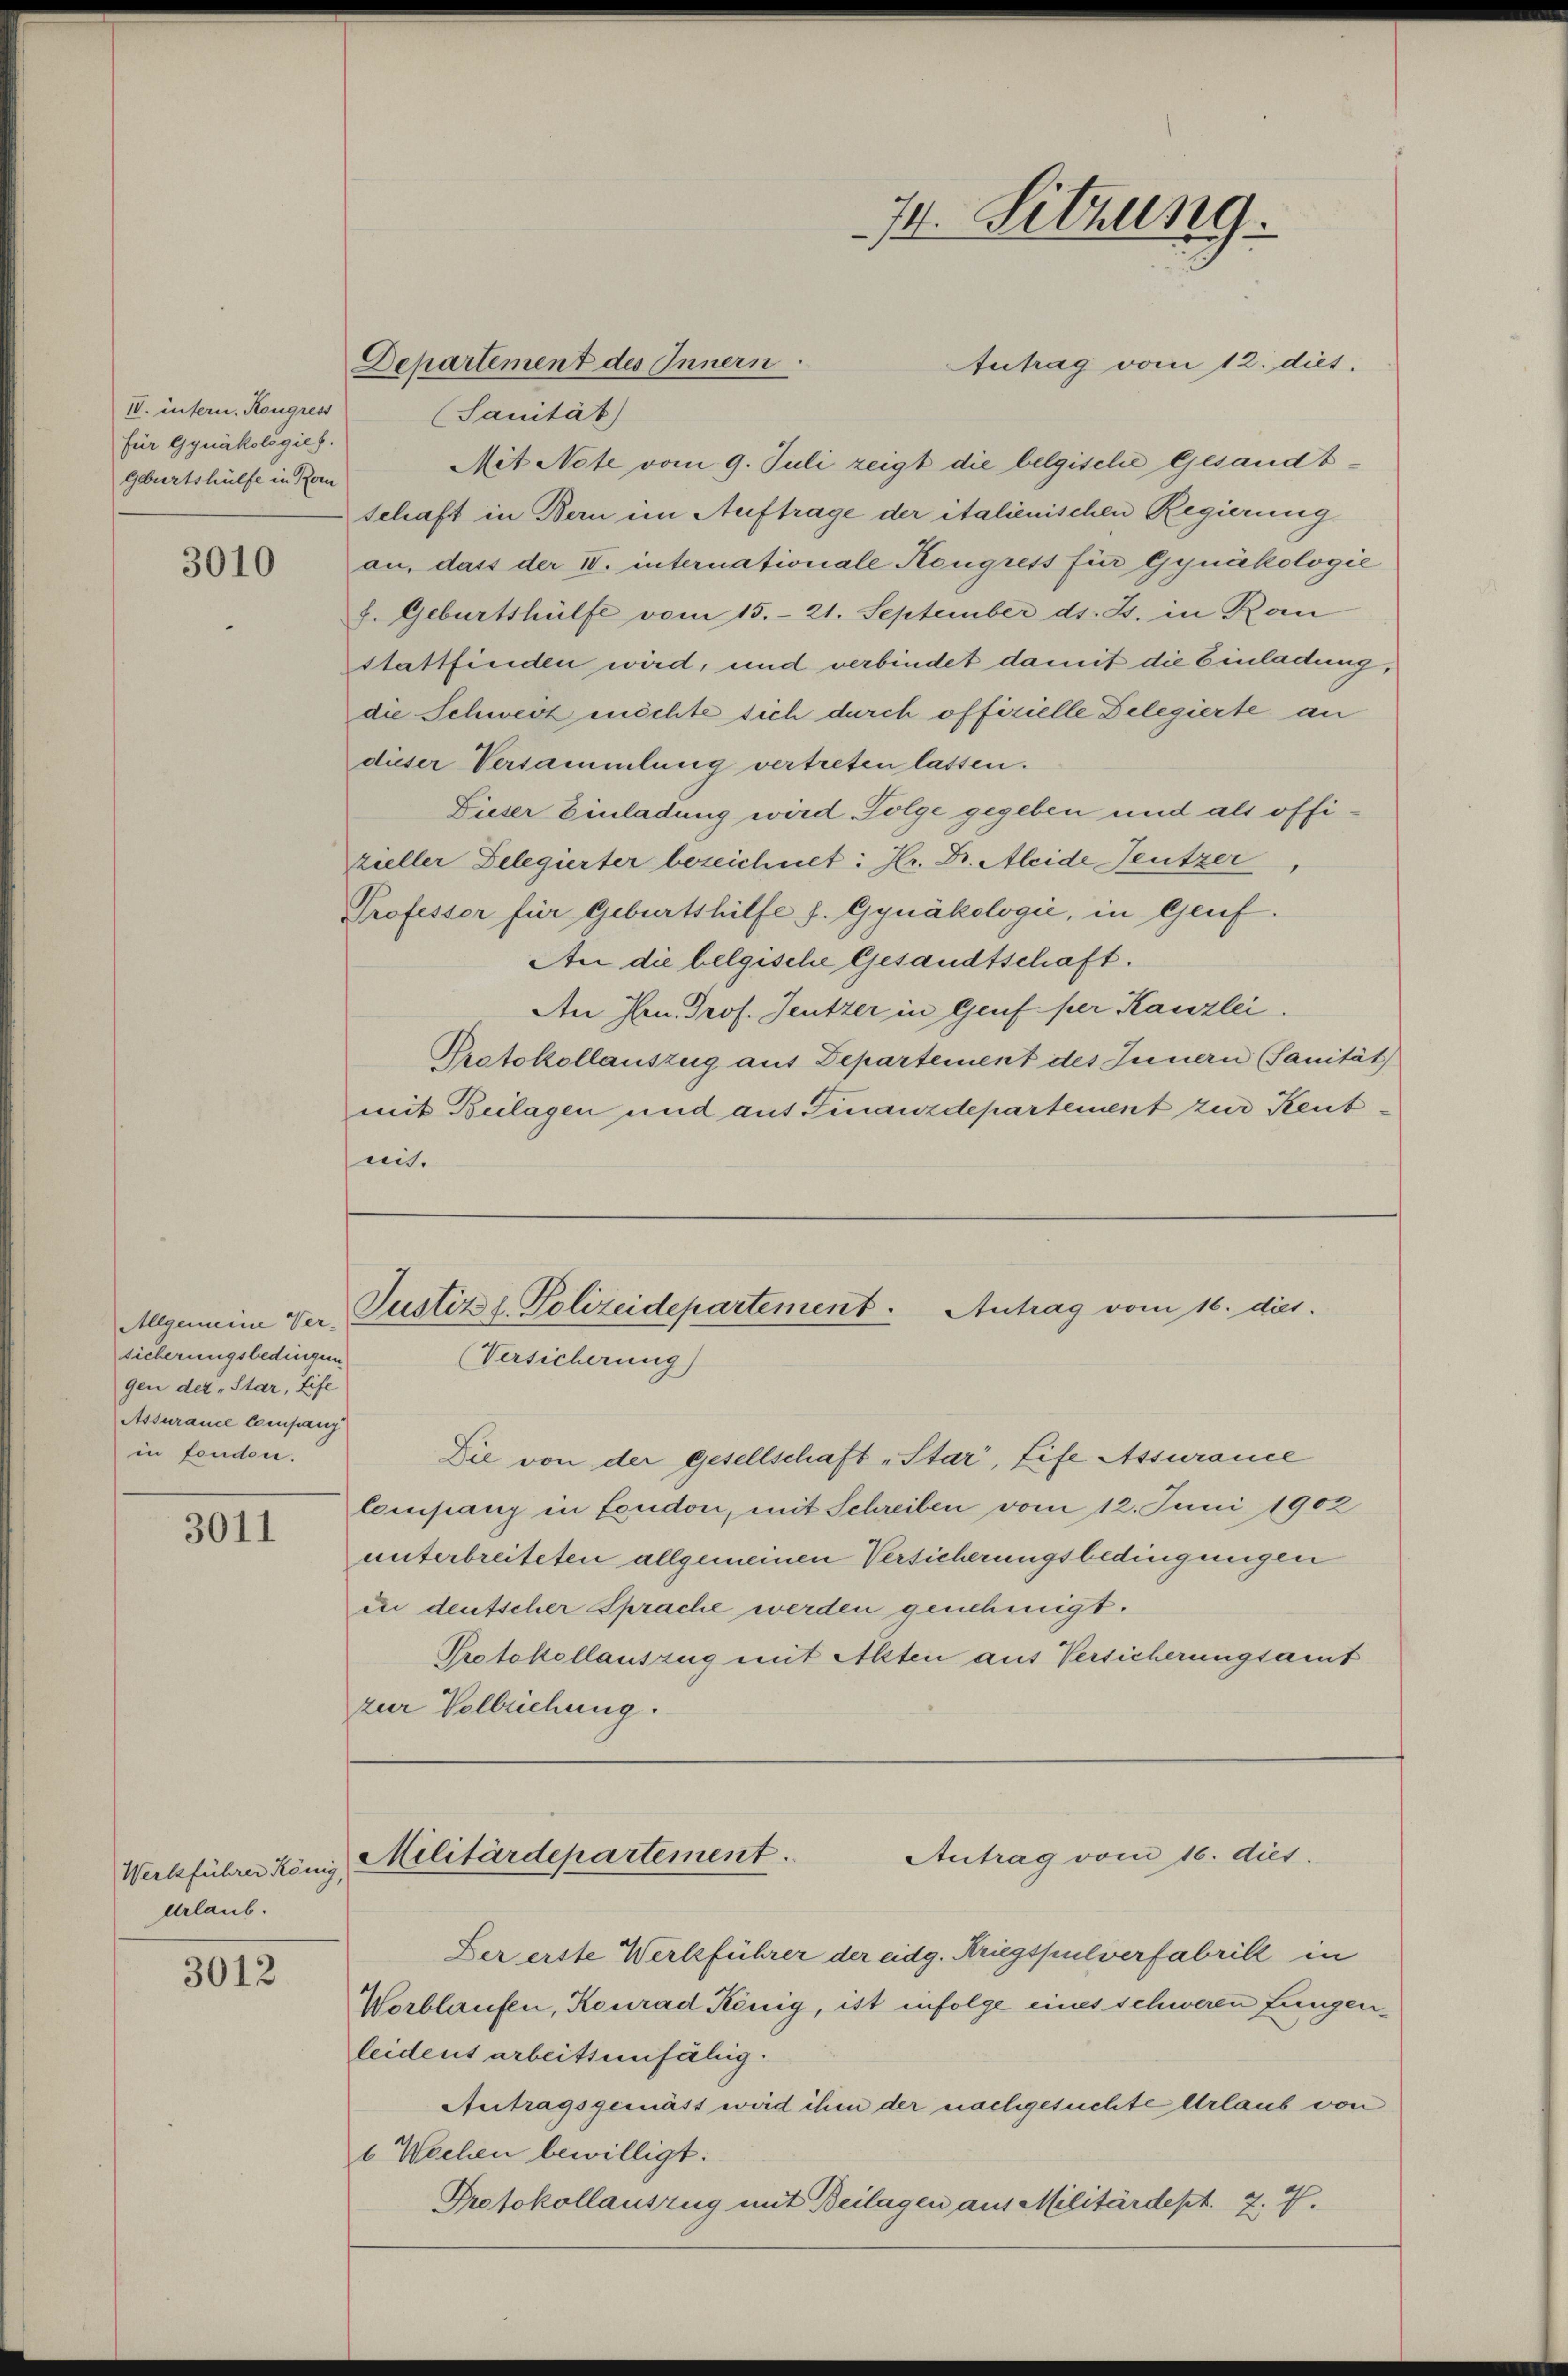
IV. intern. Kongress
für Gynäkologief.
Geburtshülfe in Rom

3010

Allgemeine Ver-
sicherungsbedingen
gen der „Star, Eife
Assurance Company
in Fondon.

3011

Urlaub.

3012

Departement des Innern
Autrag vom 12. dies
Sanität
Mit Note vom 9. Juli zeigt die belgische Gesandtschaft in Bern im Auftrage der italienischen Regierung
an, dass der IV. internationale Kongress für Gynäkologie
8. Geburtshülfe vom 15. 21. September ds. Js. in Ran
stattfinden wird, und verbindet damit die Einladung,
die Schweiz enöchte sich durch offizielle Delegierte an
dieser Versammlung vertreten lassen.
Lieser Einladung wird Folge gegeben und als offizieller Delegierter bezeichnet: Hr. Dr. Aleide Teutzer
Professor für Geburtshilfe f. Gynäkologie, in Genf.
An die belgische Gesandtschaft.
An Hrn. Prof. Jeutzer in Genf per Kanzlei
Protokollauszug aus Departement des Innern (Sanität
mit Beilagen und auf Finanzdepartement zur Keutmit.

74. Sitzung.

Justiz z. Polizeidepartement. Antrag vom 16. dies
(Versicherung)

Die von der Gesellschaft „Star, Life Assurance
lompany in Feudon, mit Schreiben vom 12. Juni 1902
unterbreiteten allgemeinen Versicherungsbedingungen
in deutscher Sprache werden genehmigt.
Protokollauszug mit Alten aus Versicherungsamt
zur Vollziehung.

Werkführer König. Militärdepartement.

Antrag vom 16. dies.
Der erste Werkführer der eidg. Kriegspulverfabrill in
Worblaufen, Reurad König, ist infolge eines schweren Lungenleidens arbeitsunfähig.
Antragsgemäss wird ihm der nachgesuchte Urlaub von
6 Wochen bewilligt:
Protokollauszug mit Beilagen aus Militärdept. 7.7.